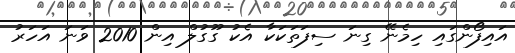
އައިފޯންގައި ހިމެނޭ ގިނަ ސިފަތަކަކާ އެކު ގޫގުލް އިން 2010 ވަނަ އަހަރު